NAE_ERA_R-2324_Eesti_Vabariigi_Pohiseaduslik_Assamblee, lk 64
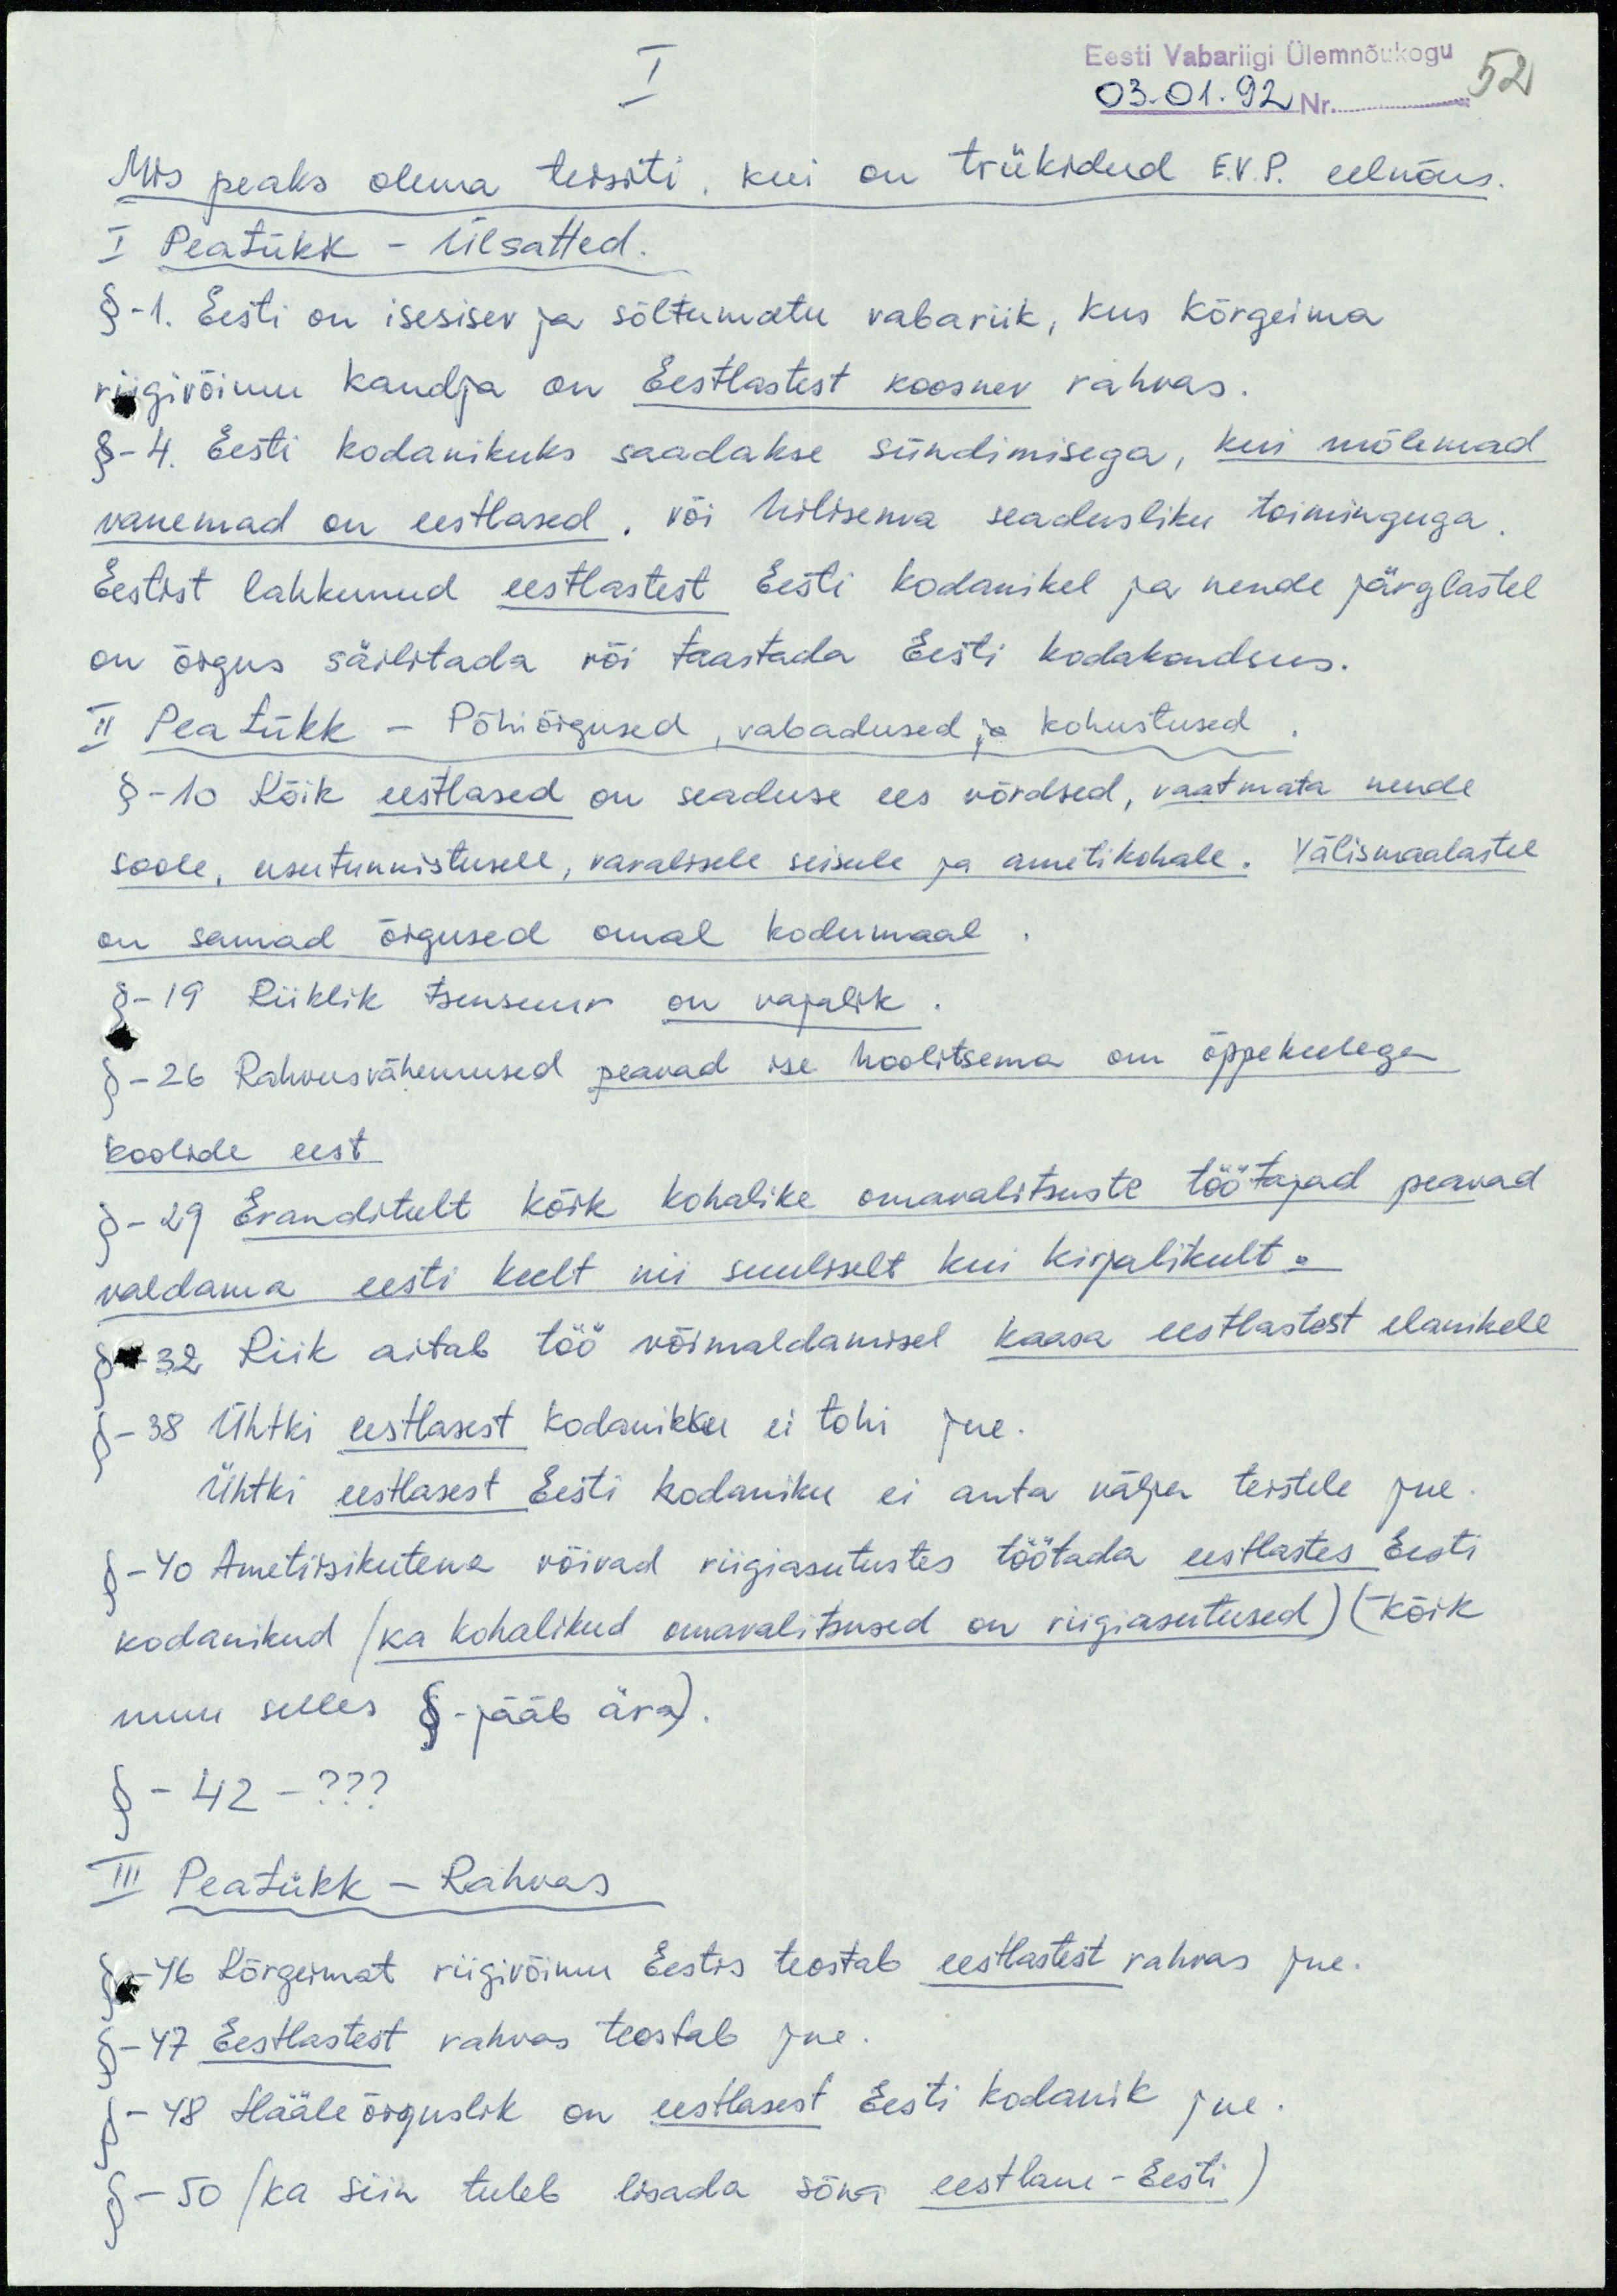
I
Eesti Vabariigi Ülemnõukogu
03.01.92 Nr.
52
Mis peaks olema teisiti, kui on trükidud E.V.P. eelnõus.
I Peatükk - Ülsatted.
§-1. Eesti on isesisev ja sõltumatu vabariik, kus kõrgeima
riigivõimu kandja on Eestlastest koosnev rahvas.
§-4. Eesti kodanikuks saadakse sündimisega, kui mõlemad
vanemad on eestlased, või hilisema seadusliku toiminguga.
Eestist lahkunud eestlastest Eesti kodanikel ja nende järglastel
on õigus säilitada või taastada Eesti kodakondsus.
II Peatükk - Põhiõigused, vabadused ja kohustused.
§-10 Kõik eestlased on seaduse ees võrdsed, vaatmata nende
soole, usutunnistusele, varalisele seisule ja ametikohale. Välismaalastel
on samad õigused omal kodumaal.
§-19 Riiklik tsensuur on vajalik.
§-26 Rahvusvähemused peavad ise hoolitsema on õppekeelega
koolide eest
§- 29. Eranditult kõik kohalike omavalitsuste töötajad peavad
valdama eesti keelt nii suuliselt kui kirjalikult.
§-32 Riik aitab töö võimaldamisel kaasa eestlastest elanikele
§-38 Ühtki eestlasest kodanikku ei tohi jne.
Ühtki eestlasest Eesti kodaniku ei anta välja teistele jne.
§-40 Ametiisikutena võivad riigiasutustes töötada eestlastes Eesti
kodanikud (ka kohalikud omavalitsused on riigiasutused) (kõik
muu selles §-jääb ära).
§-42 - ???
III Peatükk - Rahvas
§-46 Kõrgeimat riigivõimu Eestis teostab eestlastest rahvas jne.
§-47 Eestlastest rahvas teostab jne.
§-48 Hääleõiguslik on eestlasest Eesti kodanik jne.
§-50 (ka siin tuleb lisada sõna eestlane - Eesti)